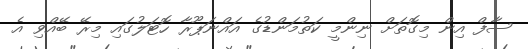
ސާފް އިން މިގޮތަށް ނިންމީ ކަތުމަންޑުގެ އައްނަޕޫރާ ހޮޓަލުގައި މިރޭ ބޭއްވި އެ